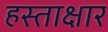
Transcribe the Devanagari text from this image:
हस्ताक्षार